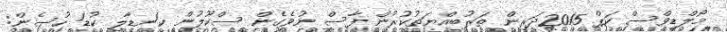
މޯލްޑިވްސް ކަޕް 2015ދަރިން ތަރުބިއްޔަތުކުރުން ފާސް ނުވެގެން ސްކޫލުން ކަނޑާލި ކުޑަ ހުސެން: